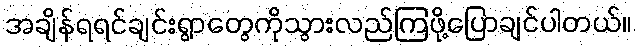
အချိန်ရရင်ချင်းရွာတွေကိုသွားလည်ကြဖို့ပြောချင်ပါတယ်။